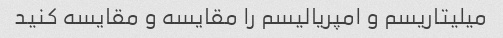
میلیتاریسم و امپریالیسم را مقایسه و مقایسه کنید